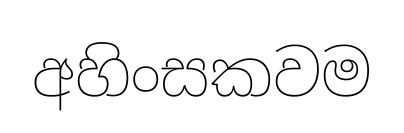
අහිංසකවම